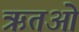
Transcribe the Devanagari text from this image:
ऋतओं